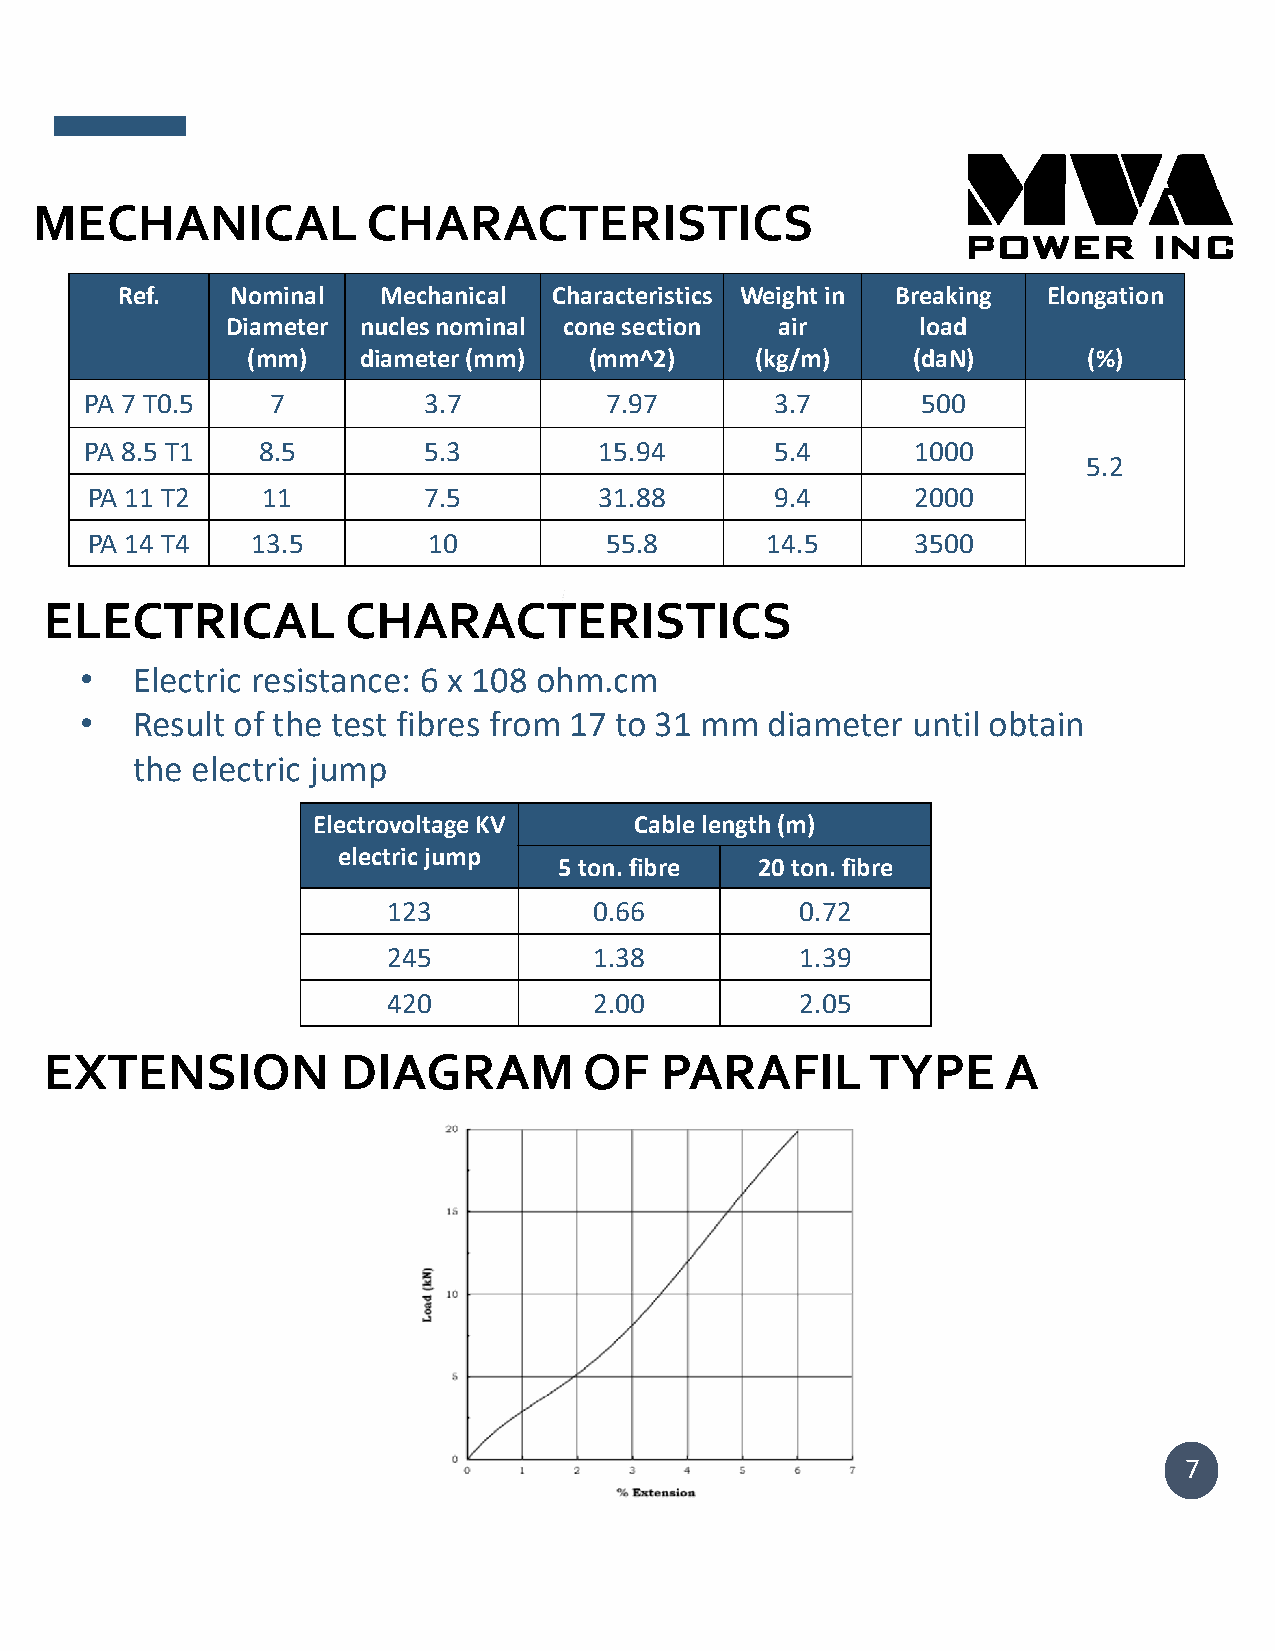
MECHANICAL            CHARACTERISTICS
 Ref.   Nominal   Mechanical  Characteristics Weightin Breaking Elongation
 Diameter nuclesnominal cone section  air      load
 (mm)    diameter(mm)   (mm^2)     (kg/m)    (daN)       (%)
 PA 7 T0.5   7         3.7         7.97       3.7       500
 PA 8.5 T1  8.5        5.3         15.94      5.4      1000
 5.2
 PA 11 T2   11         7.5         31.88      9.4      2000
 PA 14 T4   13.5       10          55.8       14.5     3500
 ELECTRICAL          CHARACTERISTICS
 •   Electric resistance: 6 x 108 ohm.cm
 •   Result of the test fibres from 17 to 31 mm diameter until obtain
 the electric jump
 ElectrovoltageKV     Cable length(m)
 electric jump
 5 ton. fibre 20 ton. fibre
 123          0.66          0.72
 245          1.38          1.39
 420          2.00          2.05
 EXTENSION           DIAGRAM         OF   PARAFIL       TYPE    A
 7